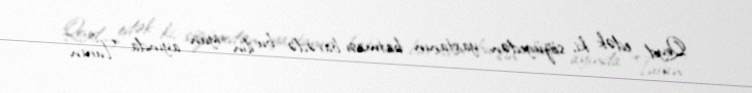
Qeyd edək ki, sözügedən yaxtanın batması barədə bu ilin iyun ayında “Turan”